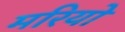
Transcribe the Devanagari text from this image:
मरियो